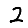
Digit: 2